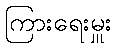
ကြားရေးမှူး